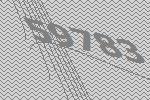
59783